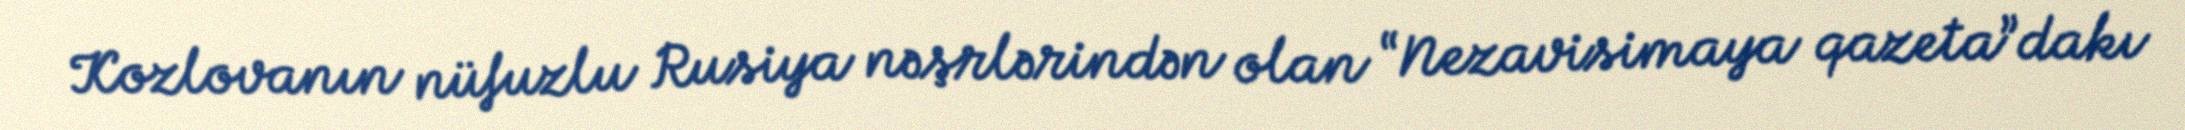
Kozlovanın nüfuzlu Rusiya nəşrlərindən olan “Nezavisimaya qazeta”dakı